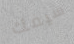
سيفك